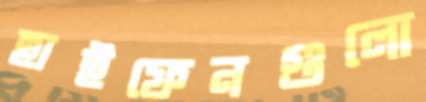
হাইফেনগুলো